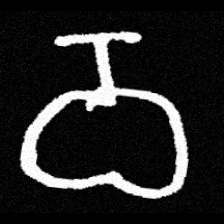
Pyu character \u2014 Myanmar letter: ဝ (romanized: wa)